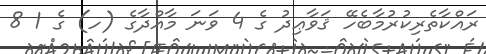
ރައްކާތެރިކުރުމާބެހޭ ޤަވާޢިދު ގެ 4 ވަނަ މާއްދާގެ (ހ) ގެ 1 8